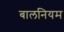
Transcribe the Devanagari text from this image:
बालनियम